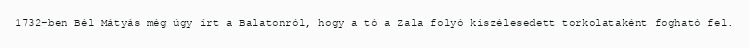
1732-ben Bél Mátyás még úgy írt a Balatonról, hogy a tó a Zala folyó kiszélesedett torkolataként fogható fel.